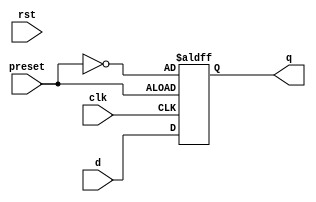
module d_ff_async_preset (
    input wire clk,
    input wire rst,
    input wire preset,
    input wire d,
    output reg q
);

always @ (posedge clk or posedge preset) begin
    if (preset) begin
        q <= ~preset; // Initialize to opposite of desired output value
    end else begin
        q <= d;
    end
end

endmodule